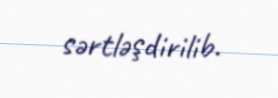
sərtləşdirilib.